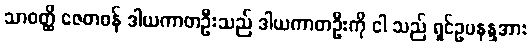
သာဝတ္ထိ ဇေတဝန် ဒါယကာတဦးသည် ဒါယကာတဦးကို ငါ သည် ရှင်ဥပနန္ဒအား